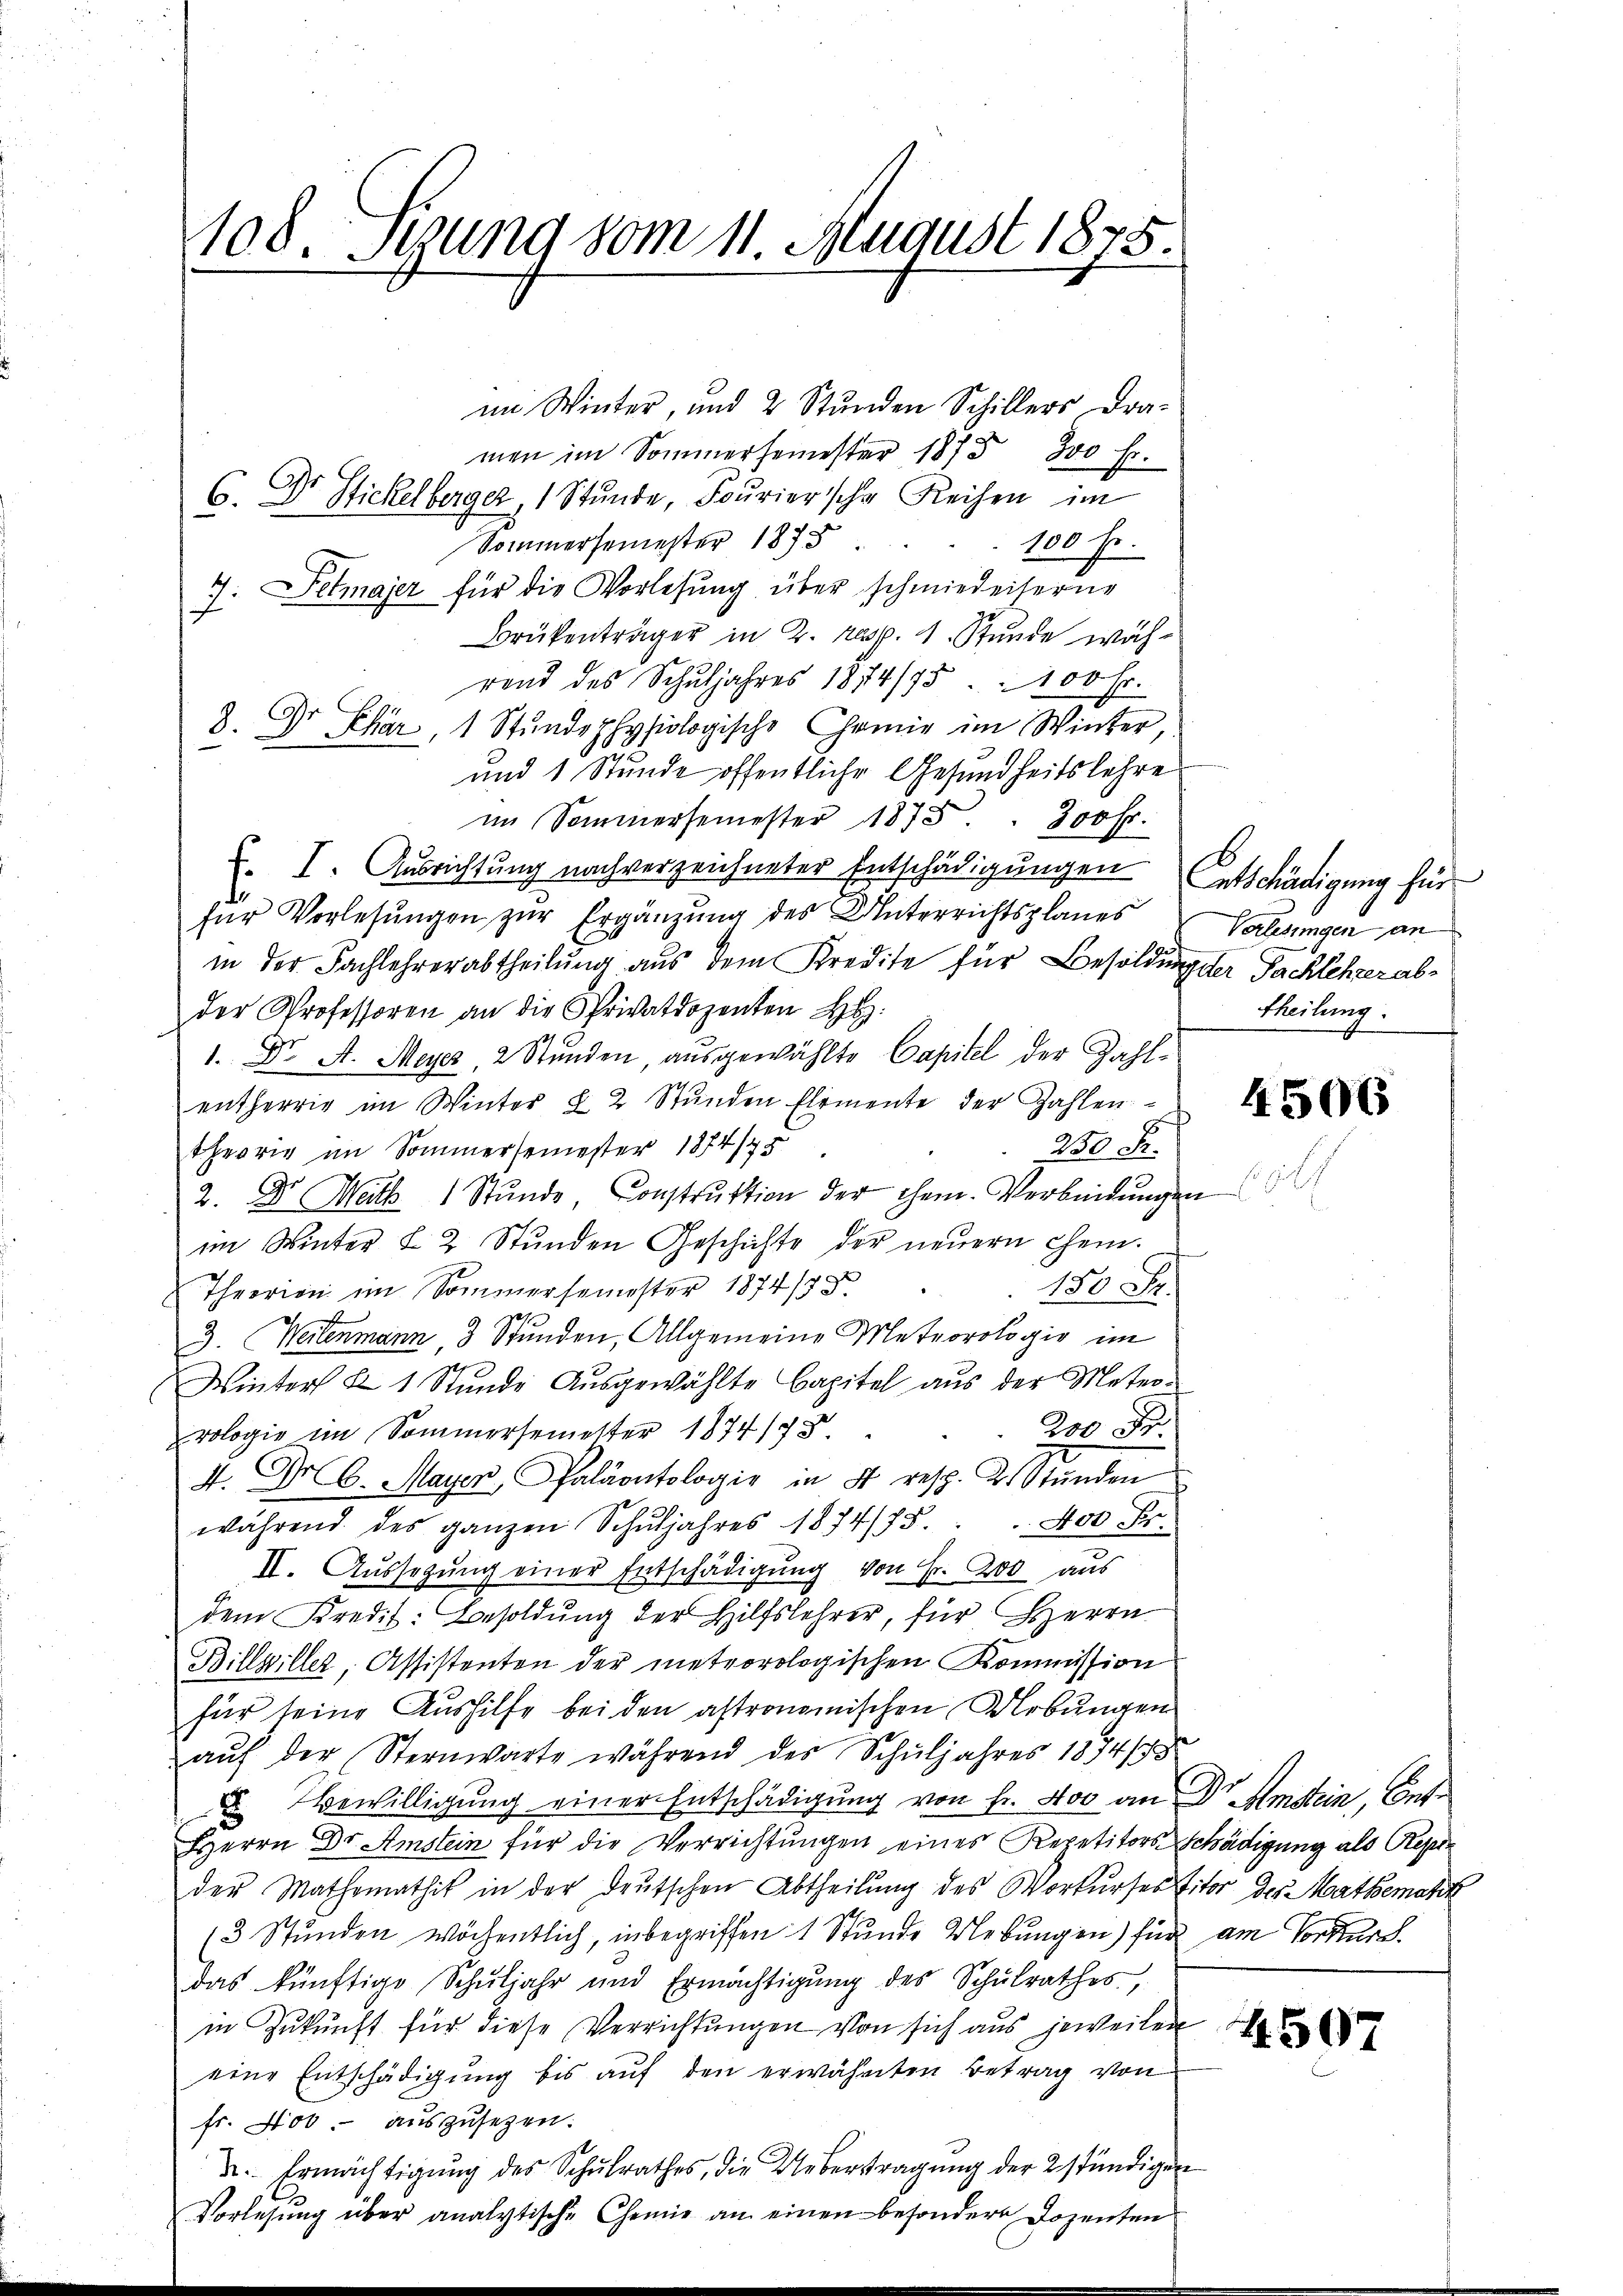
108. Stung vom 11. August 1875.

im Winter, und 2 Stunden Schillers Dra-
men im Sommersemester 1875 300 Fr.
6. Dr. Stickelberger, 1 Stunde, Fouriersche Reihen im
Sommersemester 1875. 100 fr.
7. Detmajer für die Vorlesung über schmiederserne
Brükenträger in 2. resp. 1. Stunde wäh-
rend des Schŭljahres 1874/95 " 100 Fr.
8. Dr Char, 1 Stŭndephysiologische Comie im Winter,
und 1 Stunde öffentliche Gesundheitslehre
im Sommersemester 1875. " 300 fr.
. I. Ausrichtung nach verzeichneter Entschädigungen etschädigung für
für Vorlesungen zur Ergänzung des Unterrichtsplanes
in der Fachlehrerabtheilŭng aŭs dem Kredite für Besoldung der Packlehrer abder Professoren an die Privatdozenten H
1. Dr. A. Meyer, 2 Stunden, ausgewählte Capitel der Zahl-
entherrig im Winter X 2 Stŭnden Elemente der Zahlen
250 Fr.
theorie im Sommersemester 1874/75
2. Dr Meth 1 Stŭnde Constrŭktion der Them. Verbindŭngen
im Winter I 2 Stŭnden Geschichte der neŭern chem.
150 Fr.
Theerien im Sommersemester 1874/7
17
3. Weilenmann 3 Stunden, Allgemeine Meteorologie im
Winter & 1 Stunde Ausgewählte Capitel aus der Meter-
200 Fr.
rologie im Sommersemetter 1874/7
4. Fr. 6. Mayer, Paläontologie in 4 resp. 2. Stŭnden
während des ganzen Schŭljahres 1874/75. " 400 Fr.
II. Aussegŭng einer Entschädigung von Fr. 200 aus
dem Kredit: Besoldung der Hilfslehrer, für Herrn
Billwiller, Assistenten der meteorologischen Kommission
für seine Aushilfe bei den astronomischen Uebungen
aŭf der Sternwarte während des Schuljahres 1874/
 Bewilligung einer Entschädigung von Fr. 400 an Dr. Amstein, Ent¬
Herrn Dr. Amstein für die Verrichtungen eines Repetitors Schädigung als Repre
der Mathematik in der Deutschen Abtheilŭng des Vorkurses titor der Mathematik
(3 Stunden wöchentlich, inbegriffen 1 Stunde Uebungen) für am Vordurch
das künftige Schŭljahr und Ermächtigŭng des Schŭlrathes,
in Zukunft für diese Verrichtungen von sich aus jeweilen
eine Entschädigung bis auf den erwähnten Betrag von
fr. 400. auszusezen.
 Ermächtigŭng des Schŭlrathes, die Uebertragŭng der 2 stündigen
Vorlesung über analytische Chemie an einen besondere Dozenten

E
Verlesungen an
theilung.

4506

4507